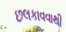
છલકાવવાથી